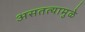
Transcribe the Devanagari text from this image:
असतत्यामुळे